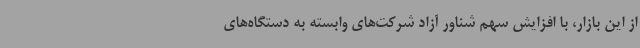
از این بازار، با افزایش سهم شناور آزاد شرکت‌های وابسته به دستگاه‌های